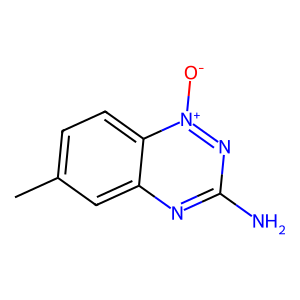
SMILES: Cc1ccc2c(c1)nc(N)n[n+]2[O-]
Inhibits HIV replication: No